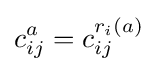
c_{ij}^{a}=c_{ij}^{r_{i}(a)}